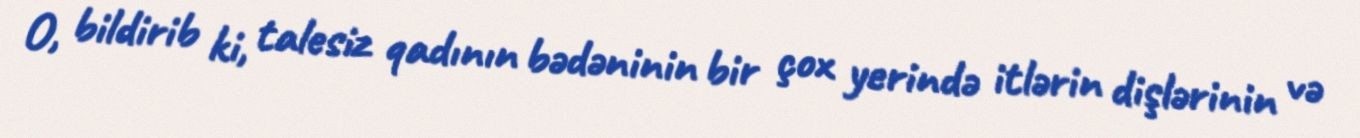
O, bildirib ki, talesiz qadının bədəninin bir çox yerində itlərin dişlərinin və